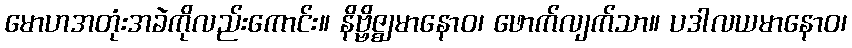
မောဟအတုံးအခဲကိုလည်းကောင်း။ နိဗ္ဗိဇ္ဈမာနောဝ၊ ဖောက်လျက်သာ။ ပဒါလယမာနောဝ၊